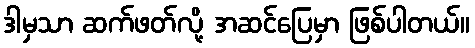
ဒါမှသာ ဆက်ဖတ်လို့ အဆင်ပြေမှာ ဖြစ်ပါတယ်။